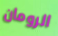
الرومان